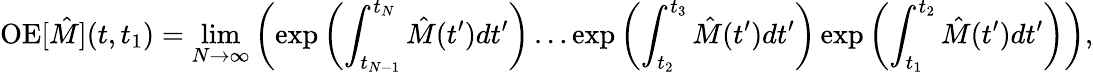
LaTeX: \mathrm{OE}[\hat{M}](t,t_{1})=\operatorname*{lim}_{N\rightarrow\infty}\left(\exp{\left(\int_{t_{N-1}}^{t_{N}}\hat{M}(t^{\prime})dt^{\prime}\right)}\ldots\exp{\left(\int_{t_{2}}^{t_{3}}\hat{M}(t^{\prime})dt^{\prime}\right)}\exp{\left(\int_{t_{1}}^{t_{2}}\hat{M}(t^{\prime})dt^{\prime}\right)}\right),